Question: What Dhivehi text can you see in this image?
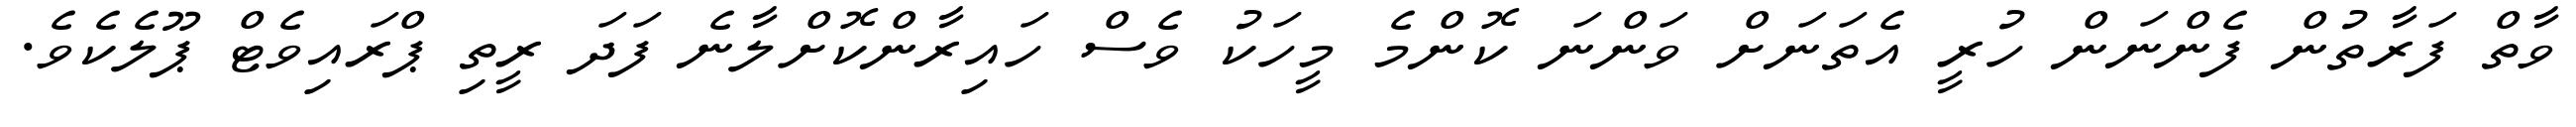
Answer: ވާތް ފަރާތުން ފެންނަން ހުރީ އެތަނަށް ވަންނަ ކޮންމެ މީހަކު ވެސް ހައިރާންކޮށްލާނެ ފަދަ ރީތި ޕްރައިވެޓް ޕޫލެކެވެ.